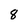
Character: 8